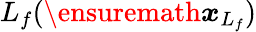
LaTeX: L_{f}(\ensuremath{\boldsymbol{{x}}}_{L_{f}})